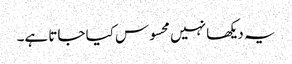
یہ دیکھا نہیں محسوس کیا جاتا ہے۔